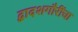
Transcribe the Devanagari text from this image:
द्वादशगौरींचा